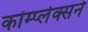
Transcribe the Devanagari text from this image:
कॉम्प्लेक्सने